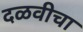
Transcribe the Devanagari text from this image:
दळवीचा